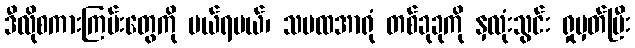
ဒီလိုစကားကြမ်းတွေကို ပယ်ရမယ်၊ သမထအာရုံ တစ်ခုခုကို နှလုံးသွင်း ရှုမှတ်ပြီး